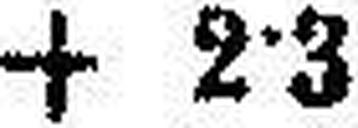
+ 2·3